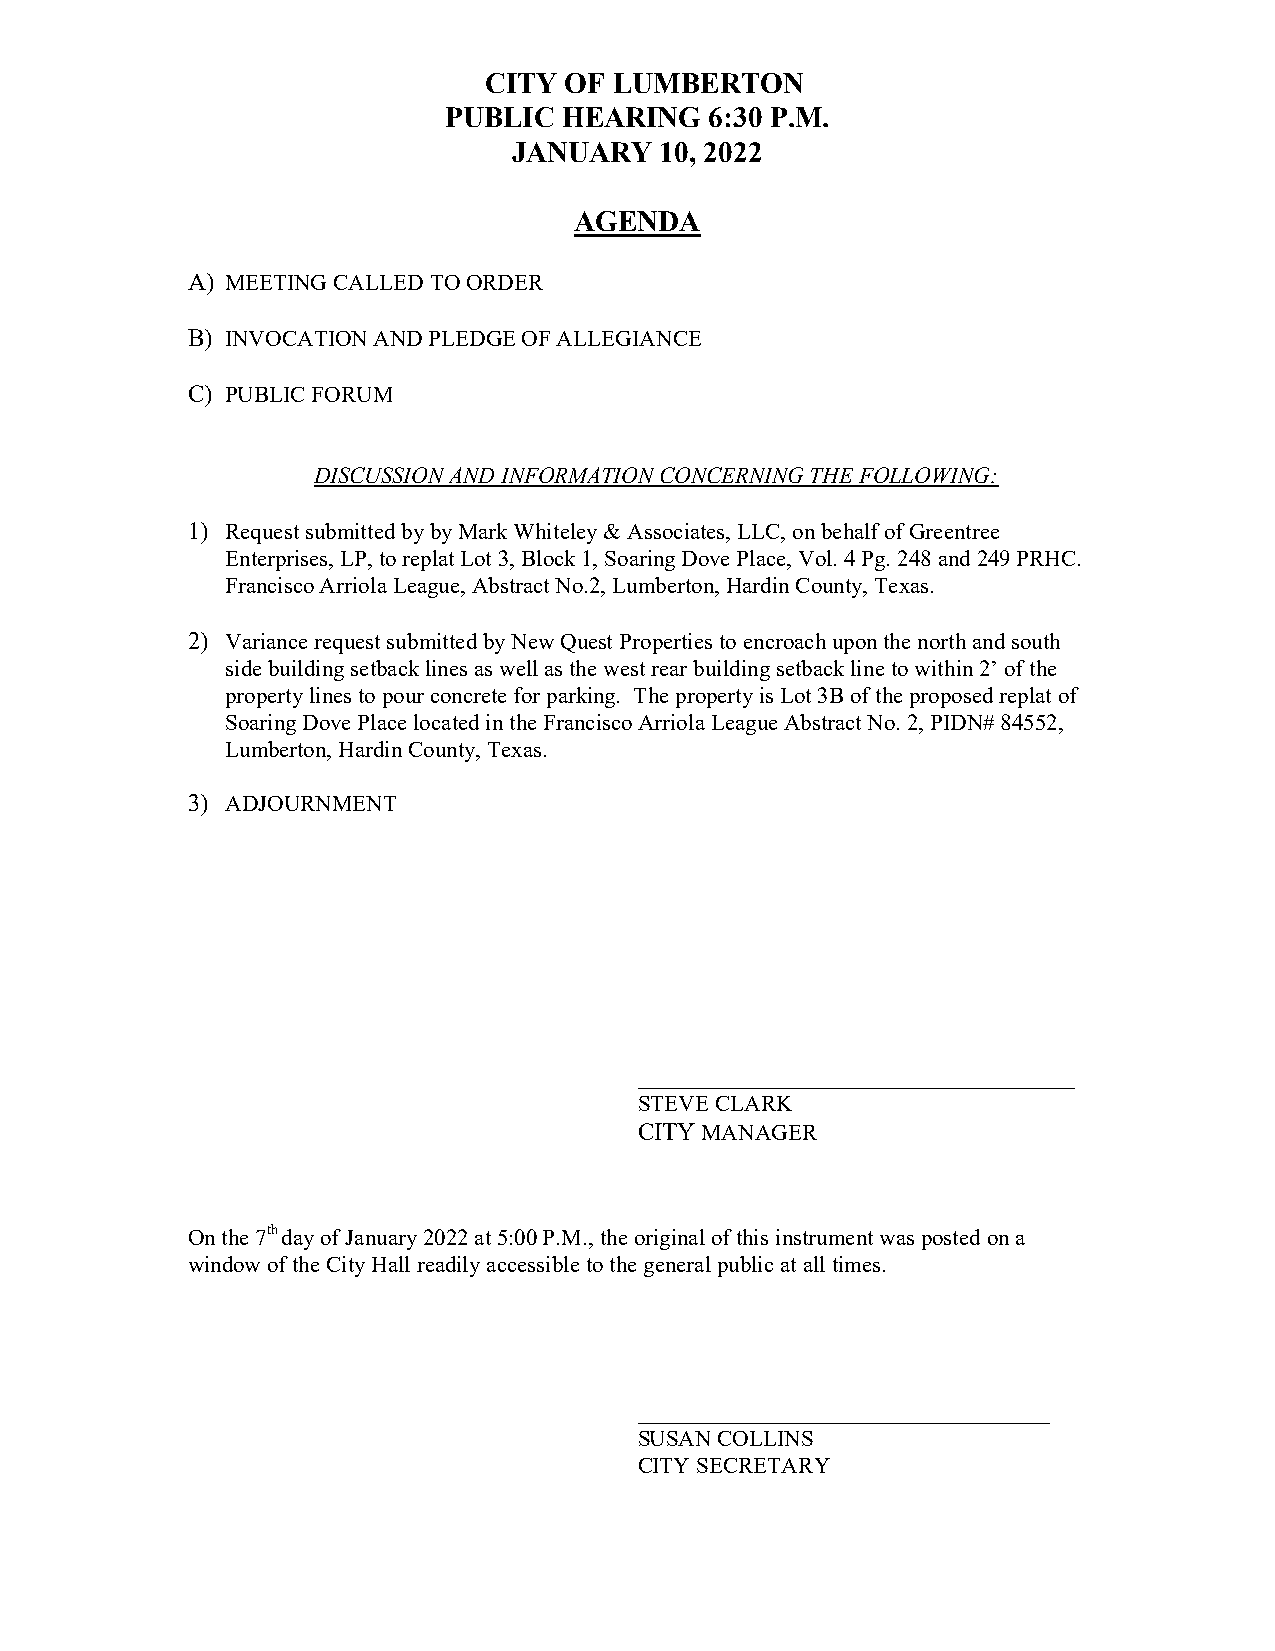
CITY OF  LUMBERTON
 PUBLIC  HEARING   6:30 P.M.
 JANUARY   10, 2022
 AGENDA
 A) MEETING CALLED TO ORDER
 B) INVOCATION AND PLEDGE OF ALLEGIANCE
 C) PUBLIC FORUM
 DISCUSSION AND INFORMATION CONCERNING THE FOLLOWING:
 1) Request submitted by by Mark Whiteley & Associates, LLC, on behalf of Greentree
 Enterprises, LP, to replat Lot 3, Block 1, Soaring Dove Place, Vol. 4 Pg. 248 and 249 PRHC.
 Francisco Arriola League, Abstract No.2, Lumberton, Hardin County, Texas.
 2) Variance request submitted by New Quest Properties to encroach upon the north and south
 side building setback lines as well as the west rear building setback line to within 2’ of the
 property lines to pour concrete for parking. The property is Lot 3B of the proposed replat of
 Soaring Dove Place located in the Francisco Arriola League Abstract No. 2, PIDN# 84552,
 Lumberton, Hardin County, Texas.
 3) ADJOURNMENT
 ___________________________________
 STEVE CLARK
 CITY MANAGER
 On the 7th day of January 2022 at 5:00 P.M., the original of this instrument was posted on a
 window of the City Hall readily accessible to the general public at all times.
 _________________________________
 SUSAN COLLINS
 CITY SECRETARY